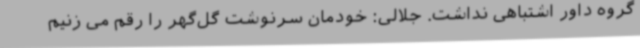
گروه داور اشتباهی نداشت. جلالی: خودمان سرنوشت گل‌گهر را رقم می زنیم